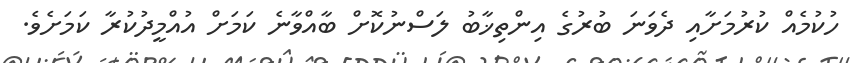
ހުކުމެއް ކުރުމަށާއި ދެވަނަ ބުރުގެ އިންތިޚާބު ލަސްނުކޮށް ބާއްވާނެ ކަމަށް އުއްމީދުކުރާ ކަމަށެވެ.